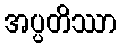
အပ္ပတိဿာ